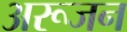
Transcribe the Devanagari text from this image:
अरूजन